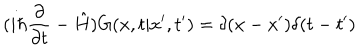
LaTeX: ( i \hbar \frac { \partial } { \partial t } - \hat { H } ) G ( x , t | x ^ { \prime } , t ^ { \prime } ) = \delta ( x - x ^ { \prime } ) \delta ( t - t ^ { \prime } )